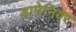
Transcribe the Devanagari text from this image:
डामेनियर